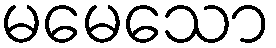
မမေသော